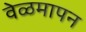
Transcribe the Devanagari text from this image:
वेळमापन